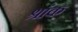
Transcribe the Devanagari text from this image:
श्रांक